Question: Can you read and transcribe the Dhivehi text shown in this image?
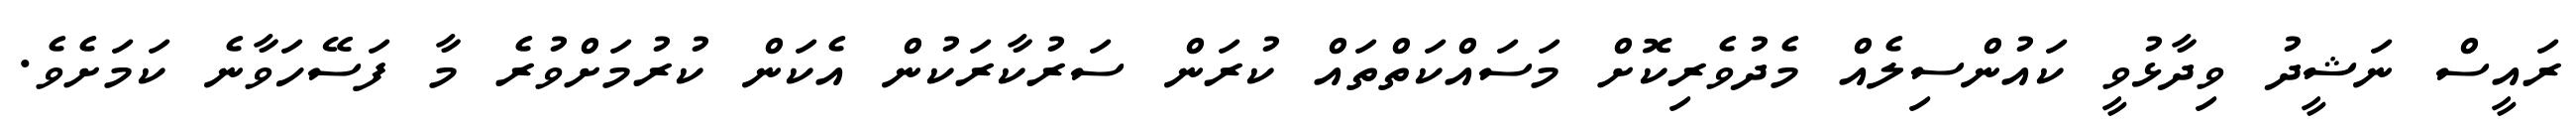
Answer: ރައީސް ނަޝީދު ވިދާޅުވީ ކައުންސިލެއް މެދުވެރިކޮށް މަސައްކަތްތައް ކުރަން ސަރުކާރަކުން އެކަން ކުރުމަށްވުރެ މާ ފަސޭހަވާނެ ކަމަށެވެ.